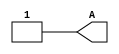
module setbit(output A);
wire A;

	//-- Implementacion: el pin esta cableado a '1'
  assign A = 1;

endmodule